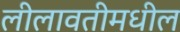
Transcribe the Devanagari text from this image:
लीलावतीमधील